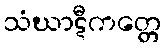
သံဃာဋီကတ္တေ